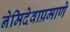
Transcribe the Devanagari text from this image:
नेमिदेवाप्रमाणे